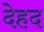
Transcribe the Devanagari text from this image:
देहद